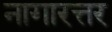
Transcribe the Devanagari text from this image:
नागारत्तर